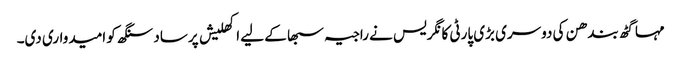
مہا گٹھ بندھن کی دوسری بڑی پارٹی کانگریس نے راجیہ سبھا کے لیے اکھلیش پرساد سنگھ کو امیدواری دی۔